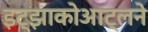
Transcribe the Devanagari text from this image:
इट्झाकोआट्लने